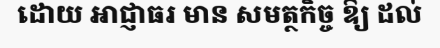
ដោយ អាជ្ញាធរ មាន សមត្ថកិច្ច ឱ្យ ដល់